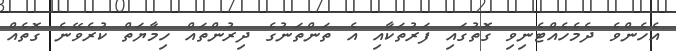
އެހެންވެ ދެމެހެއްޓެނިވި ގޮތުގައި ފަރުތަކާއި އެ ތަންތަނުގެ ދިރުންތައް ހިމާޔަތް ކުރެވޭނެ ގޮތެއް